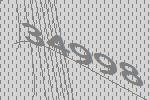
34998